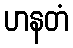
ဟနတံ